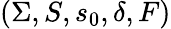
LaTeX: (\Sigma,S,s_{0},\delta,F)